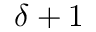
\delta + 1